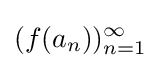
(f(a_{n}))_{n=1}^{\infty }